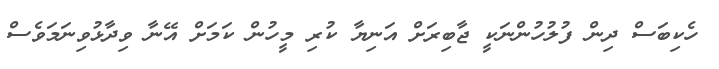
ހެކިބަސް ދިން ފުލުހުންނަކީ ޖާބިރަށް އަނިޔާ ކުރި މީހުން ކަމަށް އޭނާ ވިދާޅުވިނަމަވެސް